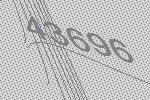
43696